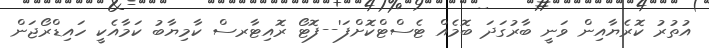
އުތުރު ކޮރެޔާއިން ވަނީ ބާރުގަދަ ބޮމެއް ޓެސްޓްކޮށްފަ'--ފޮޓޯ ރޮއިޓާރސް ކާމިޔާބު ކަމާއެކީ ހައިޑްރޯޖަން